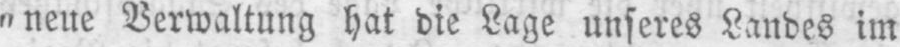
„neue Verwaltung hat die Lage unseres Landes im